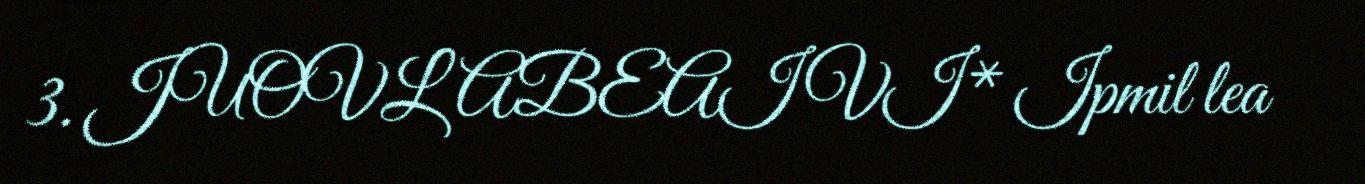
3. JUOVLABEAIVI* Ipmil lea